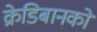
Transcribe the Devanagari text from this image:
क्रेडिबानको